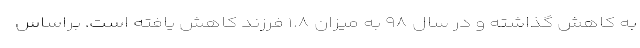
به کاهش گذاشته و در سال ٩٨ به میزان ١.٨ فرزند کاهش یافته است. براساس